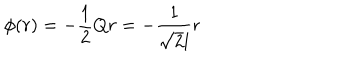
\phi ( r ) = - \frac 1 2 Q r = - \frac { 1 } { \sqrt { 2 } l } r